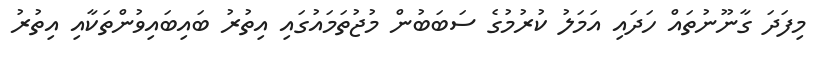
މިފަދަ ގާނޫނުތައް ހަދައި އަމަލު ކުރުމުގެ ސަބަބުން މުޖުތަމައުގައި އިތުރު ބައިބައިވުންތަކާއި އިތުރު